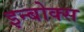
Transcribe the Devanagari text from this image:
इन्बोक्स